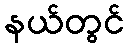
နယ်တွင်